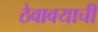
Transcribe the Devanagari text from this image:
ठेवावयाची